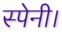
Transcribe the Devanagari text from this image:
स्पेनी।